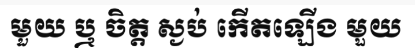
មួយ ឬ ចិត្ត ស្ងប់ កើតឡើង មួយ